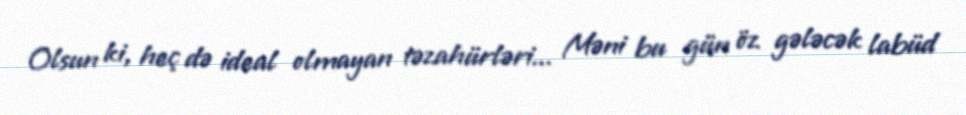
Olsun ki, heç də ideal olmayan təzahürləri... Məni bu gün öz gələcək labüd